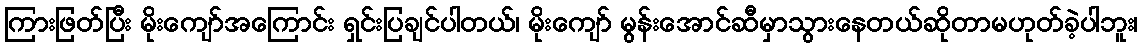
ကြားဖြတ်ပြီး မိုးကျော်အကြောင်း ရှင်းပြချင်ပါတယ်၊ မိုးကျော် မွန်းအောင်ဆီမှာသွားနေတယ်ဆိုတာမဟုတ်ခဲ့ပါဘူး၊